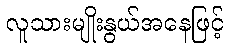
လူသားမျိုးနွယ်အနေဖြင့်